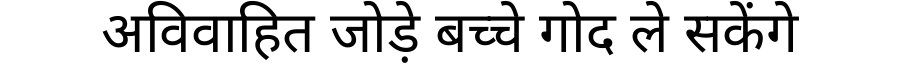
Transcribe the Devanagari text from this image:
अविवाहित जोड़े बच्चे गोद ले सकेंगे